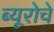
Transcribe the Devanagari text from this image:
ब्यूरोचे